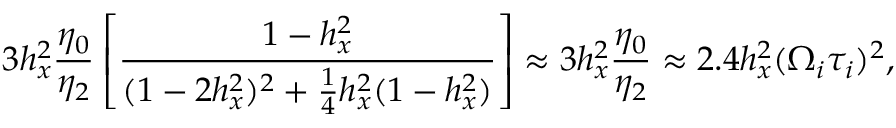
3 h _ { x } ^ { 2 } \frac { \eta _ { 0 } } { \eta _ { 2 } } \left[ \frac { 1 - h _ { x } ^ { 2 } } { ( 1 - 2 h _ { x } ^ { 2 } ) ^ { 2 } + \frac { 1 } { 4 } h _ { x } ^ { 2 } ( 1 - h _ { x } ^ { 2 } ) } \right] \approx 3 h _ { x } ^ { 2 } \frac { \eta _ { 0 } } { \eta _ { 2 } } \approx 2 . 4 h _ { x } ^ { 2 } ( \Omega _ { i } \tau _ { i } ) ^ { 2 } ,